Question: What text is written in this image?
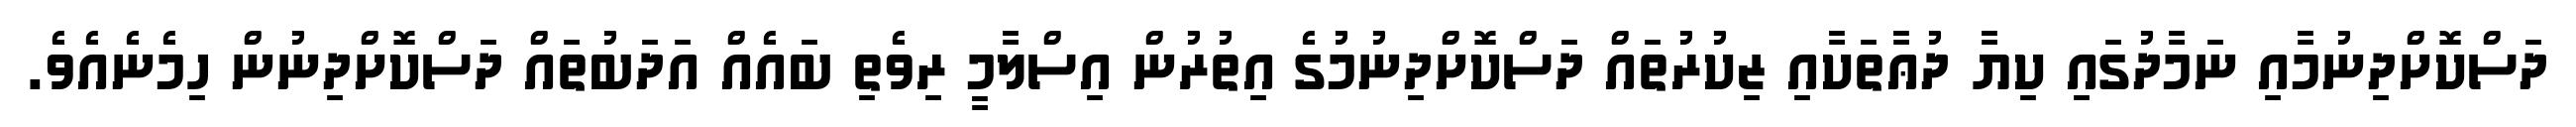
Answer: ދަސްކޮށްދިނުމާއި ނަމާދުގައި ކިޔާ ދުޢާތަކާއި ޒިކުރުތައް ދަސްކޮށްދިނުމުގެ އިތުރުން އިސްލާމީ ރިވެތި ބައެއް އަދަބުތައް ދަސްކޮށްދިނުން ހިމެނެއެވެ.